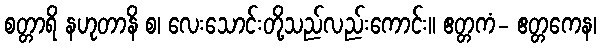
စတ္တာရိ နဟုတာနိ စ၊ လေးသောင်းတို့သည်လည်းကောင်း။ ဧတ္တကံ- ဧတ္တကေန၊